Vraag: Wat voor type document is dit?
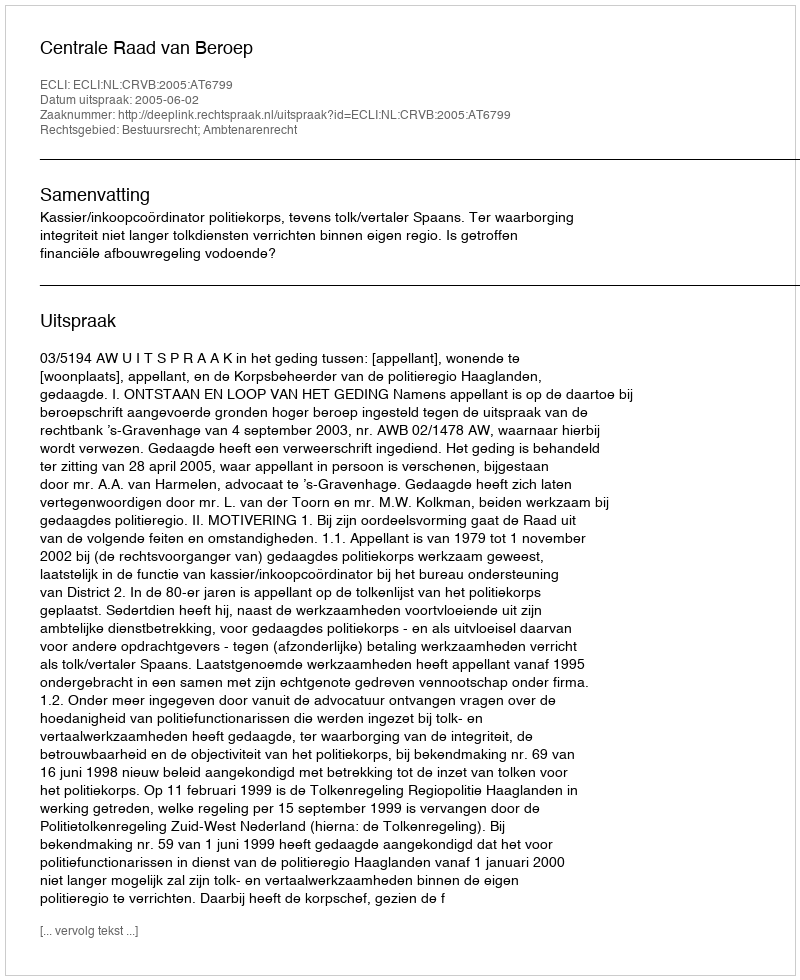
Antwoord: Uitspraak